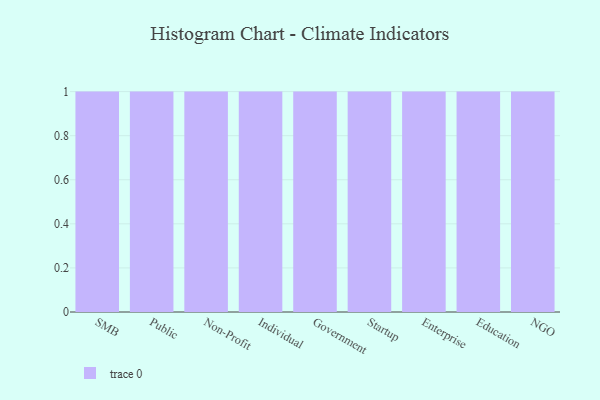
{"axis": {"x": "Segment", "y": "Market Share (%)"}, "legend": [""], "data": [{"x": "SMB", "y": 41, "type": ""}, {"x": "Public", "y": 100, "type": ""}, {"x": "Non-Profit", "y": 50, "type": ""}, {"x": "Individual", "y": 4, "type": ""}, {"x": "Government", "y": 20, "type": ""}, {"x": "Startup", "y": 66, "type": ""}, {"x": "Enterprise", "y": 27, "type": ""}, {"x": "Education", "y": 10, "type": ""}, {"x": "NGO", "y": 78, "type": ""}]}